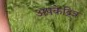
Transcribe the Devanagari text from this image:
अपकेद्रित्र